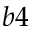
b 4